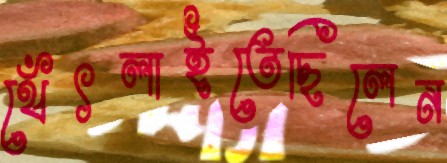
থেঁৎলাইতেছিলেন